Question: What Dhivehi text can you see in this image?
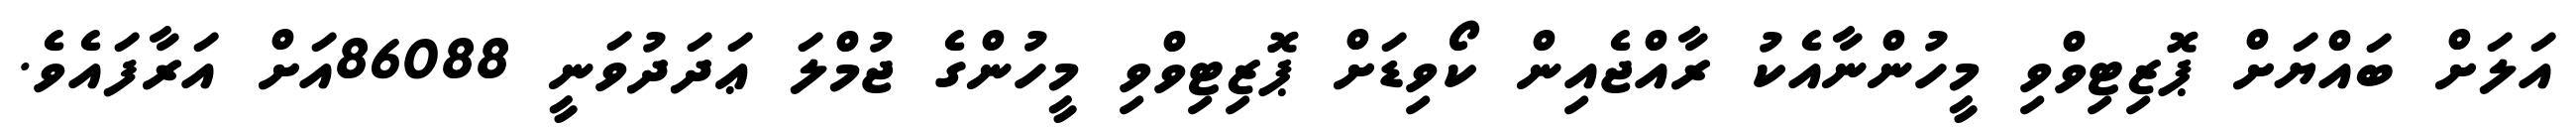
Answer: އަލަށް ބައްޔަށް ޕޮޒިޓިވްވި މީހުންނާއެކު ރާއްޖެއިން ކޯވިޑަށް ޕޮޒިޓިވްވި މީހުންގެ ޖުމްލަ ޢަދަދުވަނީ 86088އަށް އަރާފައެވެ.